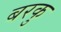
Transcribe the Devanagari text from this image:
बरकु